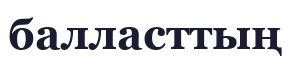
балласттың